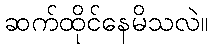
ဆက်ထိုင်နေမိသလဲ။